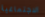
الاجتماعية